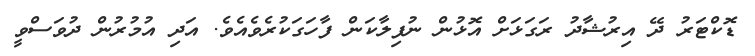
ޑޮކްޓަރު ދޭ އިރުޝާދު ރަގަޅަށް އޮޅުން ނުފިލާކަން ފާހަގަކުރެވެއެވެ. އަދި އުމުރުން ދުވަސްވީ